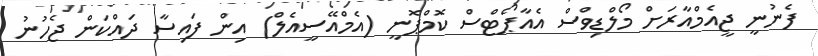
ފެނުނީ ޖީއެމްއާރަށް މޯލްޑިވްސް އެއާޕޯޓްސް ކޮމްޕޮނީ (އެމްއޭސީއެލް) އިން ފައިސާ ދައްކަން ޖެހުނު